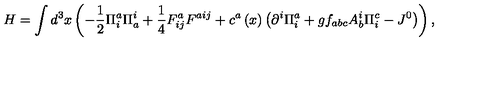
H = \int { d ^ { 3 } } x \left( { - \frac { 1 } { 2 } \Pi _ { i } ^ { a } \Pi _ { a } ^ { i } + \frac { 1 } { 4 } F _ { i j } ^ { a } F ^ { a i j } + c ^ { a } \left( x \right) \left( { \partial ^ { i } \Pi _ { i } ^ { a } + g f _ { a b c } A _ { b } ^ { i } \Pi _ { i } ^ { c } - J ^ { 0 } } \right) } \right) ,